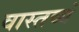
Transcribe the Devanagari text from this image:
वास्तव्यं